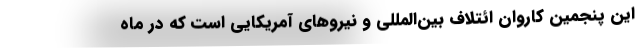
این پنجمین کاروان ائتلاف بین‌المللی و نیروهای آمریکایی است که در ماه